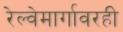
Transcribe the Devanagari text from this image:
रेल्वेमार्गावरही